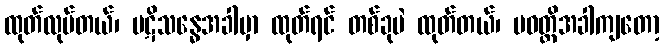
ထုတ်လုပ်တယ်၊ ပဋိသန္ဓေအခါမှာ ထုတ်ရင် တစ်ခုပဲ ထုတ်တယ်၊ ပဝတ္တိအခါကျတော့